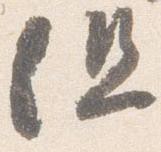
但